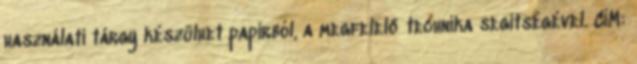
használati tárgy készülhet papírból, a megfelelő technika segítségével. CÍM: